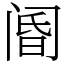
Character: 阍